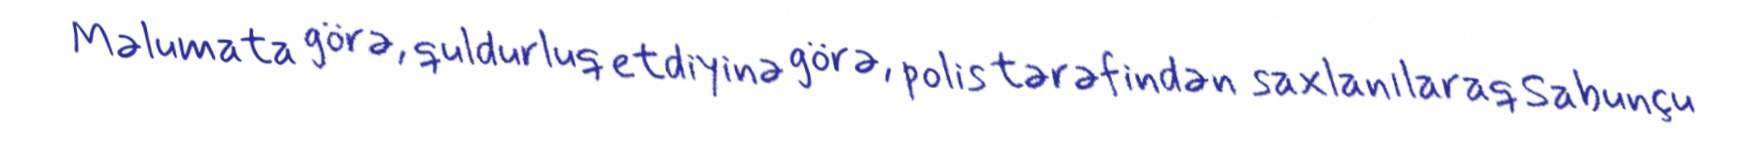
Məlumata görə, quldurluq etdiyinə görə, polis tərəfindən saxlanılaraq Sabunçu